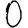
Digit: 0